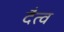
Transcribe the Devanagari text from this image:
दैत्व